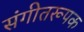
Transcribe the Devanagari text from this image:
संगीतरूपक